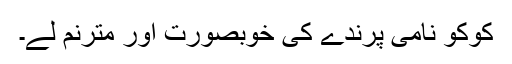
کوکو نامی پرندے کی خوبصورت اور مترنم لے۔